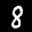
Label: 8